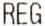
REG